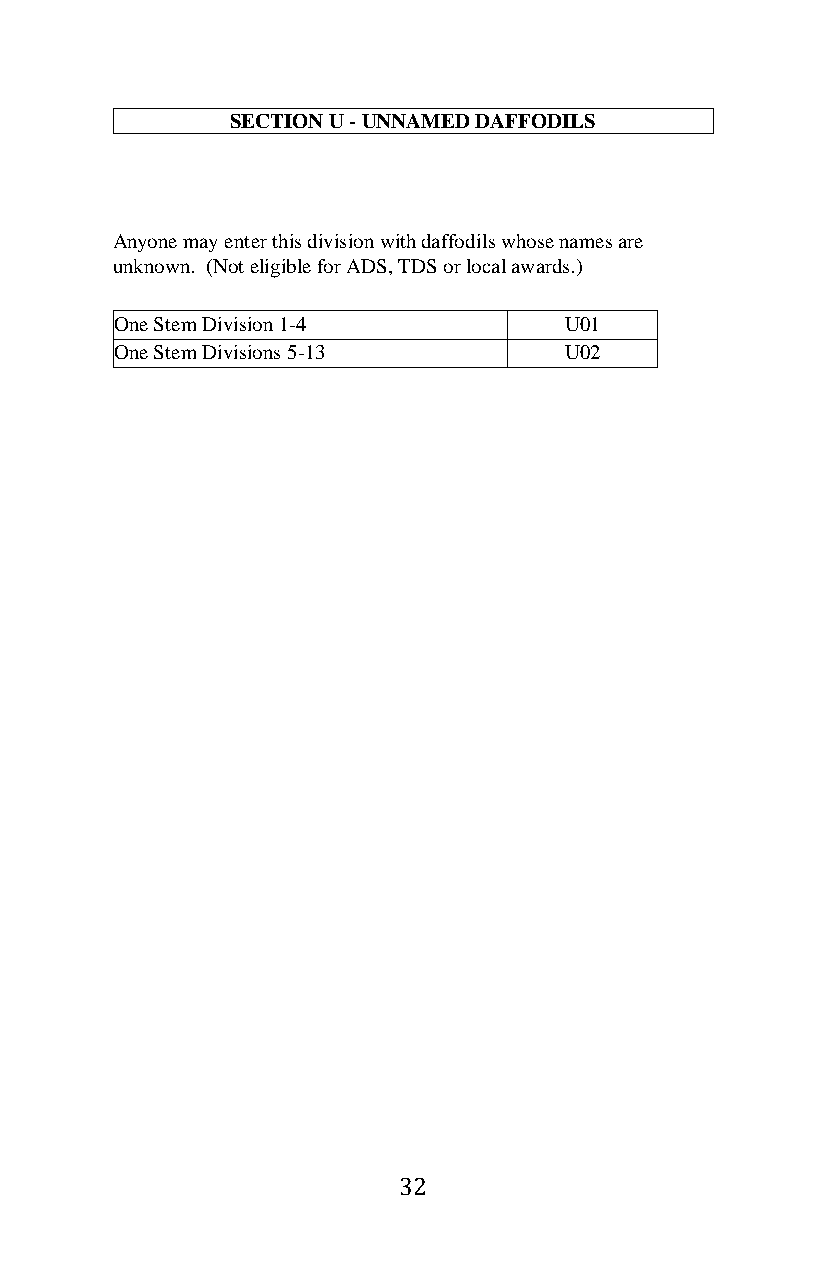
SECTION U - UNNAMED DAFFODILS
 Anyone may enter this division with daffodils whose names are
 unknown. (Not eligible for ADS, TDS or local awards.)
 One Stem Division 1-4        U01
 One Stem Divisions 5-13      U02
 32